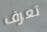
تعرف